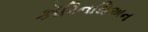
કૉરિનથિઅન